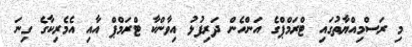
މި ރަސްމިއްޔާތުގައި ޓްރަމްޕްގެ އަންހެން ދަރިފުޅު އިވާންކާ ޓްރަމްޕް އާއި އެމެރިކާގެ ގިނަ